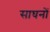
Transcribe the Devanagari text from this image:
साघनों